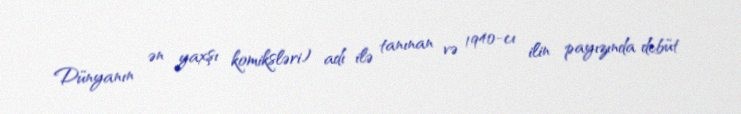
Dünyanın ən yaxşı komiksləri) adı ilə tanınan və 1940-cı ilin payızında debüt